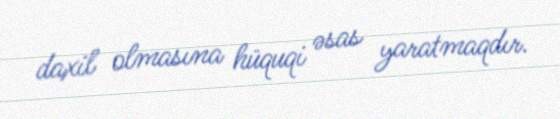
daxil olmasına hüquqi əsas yaratmaqdır.